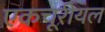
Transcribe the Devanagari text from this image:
एकचूरीयल